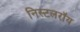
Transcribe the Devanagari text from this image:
निस्टलरॉय